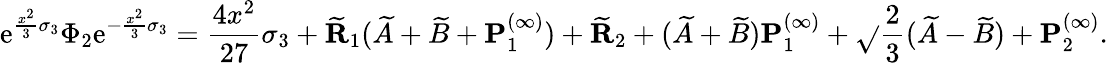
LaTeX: \mathrm{e}^{\frac{{x^{2}}}{{3}}\sigma_{3}}\Phi_{2}\mathrm{e}^{-\frac{{x^{2}}}{{3}}\sigma_{3}}=\frac{{4x^{2}}}{{27}}\sigma_{3}+\widetilde{{\mathbf{{R}}}}_{1}(\widetilde{{A}}+\widetilde{{B}}+\mathbf{{P}}_{1}^{(\infty)})+\widetilde{{\mathbf{{R}}}}_{2}+(\widetilde{{A}}+\widetilde{{B}})\mathbf{{P}}_{1}^{(\infty)}+\sqrt{}{{\frac{{2}}{{3}}}}(\widetilde{{A}}-\widetilde{{B}})+\mathbf{{P}}_{2}^{(\infty)}.